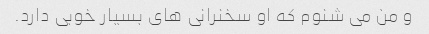
و من می شنوم که او سخنرانی های بسیار خوبی دارد.